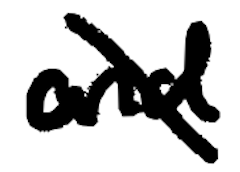
Text: and
Cross-out: mix
Writing tool: digital_black